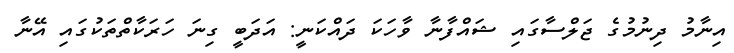
އިނާމު ދިނުމުގެ ޖަލްސާގައި ޝައްފާނާ ވާހަކަ ދައްކަނީ: އަދަބީ ގިނަ ހަރަކާތްތަކުގައި އޭނާ